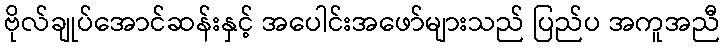
ဗိုလ်ချုပ်အောင်ဆန်းနှင့် အပေါင်းအဖော်များသည် ပြည်ပ အကူအညီ